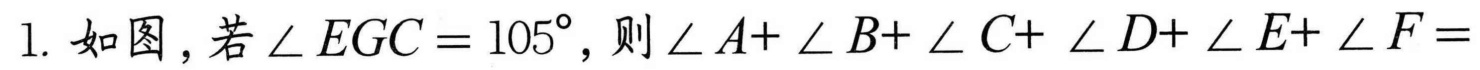
1. 如图，若$\angle EGC = 105^{\circ}$，则$\angle A+\angle B+\angle C+\angle D+\angle E+\angle F=$